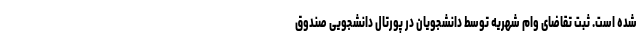
شده است. ثبت تقاضای وام شهریه توسط دانشجویان در پورتال دانشجویی صندوق